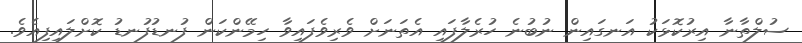
ސުލްތާނާ އިރުކޮޅަކު އަނގައިން ނުބުނެ ހުރެލާފައި އެތަނަށް ވެރިވެފައިވާ ހިމޭންކަން ފުނޑުފުނޑު ކޮށްލައިފިއެވެ.